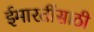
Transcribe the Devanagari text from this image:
ईमारतींसाठी